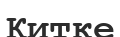
Китке